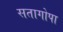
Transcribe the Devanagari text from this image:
सतागोपा